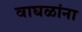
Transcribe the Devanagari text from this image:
वाघळांना